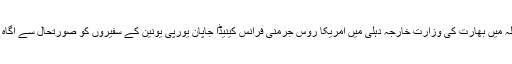
پہلے مرحلہ میں بھارت کی وزارت خارجہ دہلی میں امریکا روس جرمنی فرانس کینیڈا جاپان یورپی یونین کے سفیروں کو صورتحال سے آگاہ کرے گی۔